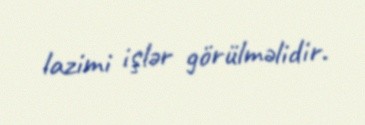
lazimi işlər görülməlidir.